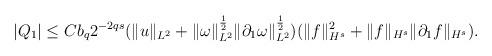
LaTeX: \begin{align*}|Q_{1}|\leq Cb_q2^{-2qs}(\|u\|_{L^2}+\|\omega\|_{L^2}^\frac12\|\partial_1\omega\|_{L^2}^\frac12)(\|f\|_{H^s}^2+\|f\|_{H^s}\|\partial_1f\|_{H^s}).\end{align*}